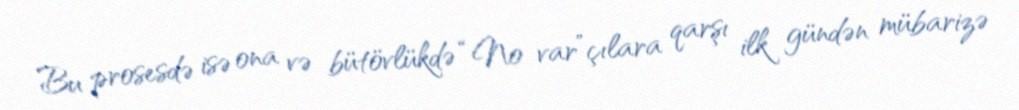
Bu prosesdə isə ona və bütövlükdə “No var”çılara qarşı ilk gündən mübarizə